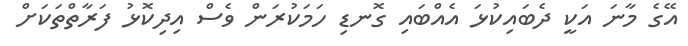
އޭގެ މާނަ އަކީ ދެބައިކުޅަ އެއްބައި ގޮނޑި ހަމަކުރަން ވެސް އިދިކޮޅު ފަރާތްތަކަށް